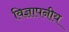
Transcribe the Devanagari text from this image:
विज्ञापनीय